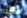
أقدامنا